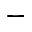
^ -